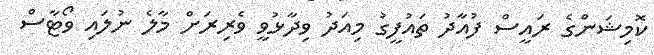
ކޮމިޝަންގެ ރައީސް ފުއާދު ތައުފީގު މިއަދު ވިދާޅުވީ ވެރިރަށް މާލެ ނުލައި ވޯޓާސް